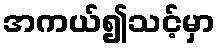
အကယ်၍သင့်မှာ